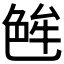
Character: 𬜝